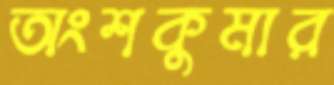
অংশকুমার